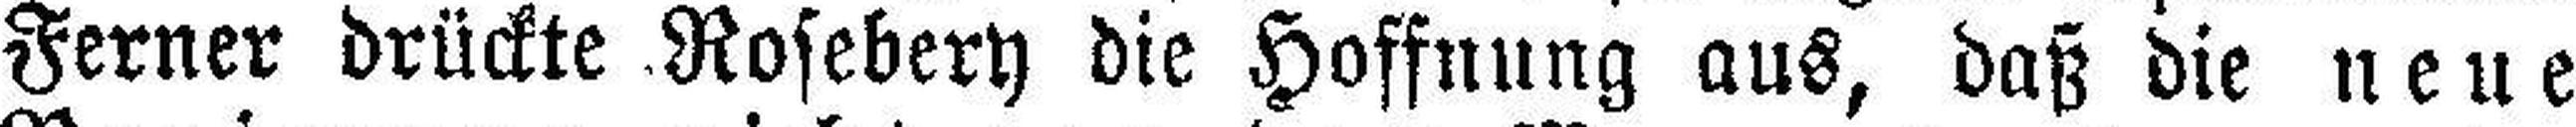
Ferner drückte Rosebery die Hoffnung aus, daß die neue